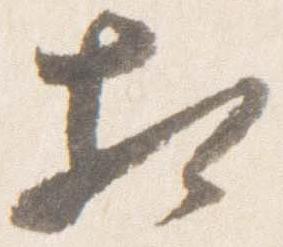
相